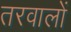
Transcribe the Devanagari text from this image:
तरवालों